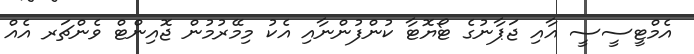
އެމްޓީސީސީ އާއި ޖަޕާނުގެ ޓޯޔޮޓާ ކުންފުންނާއި އެކު މިމޭރުމުން ޖޮއިންޓް ވެންޗަރ އެއް